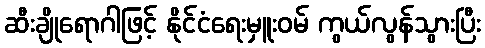
ဆီးချိုရောဂါဖြင့် နိုင်ငံရေးမှူးဝမ် ကွယ်လွန်သွားပြီး